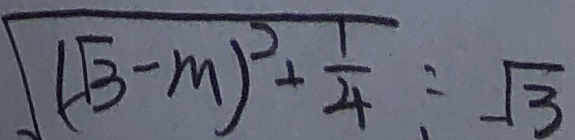
\sqrt { ( \sqrt { 3 } - m ) ^ { 2 } + \frac { 1 } { 4 } } : \sqrt { 3 }